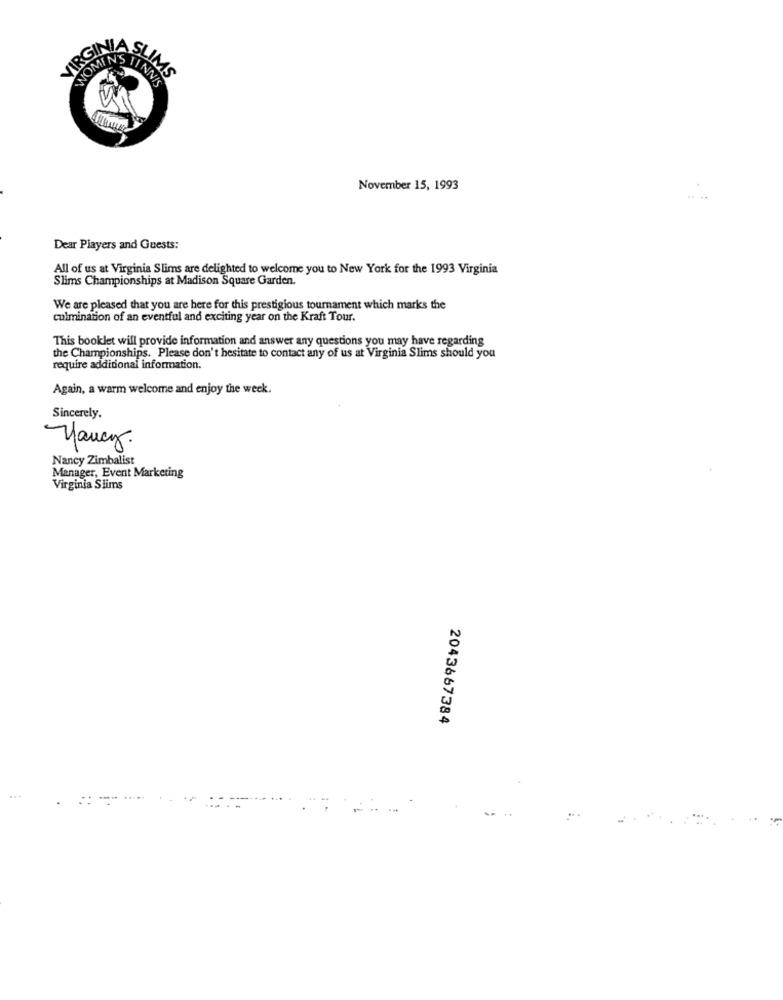
W IWON
SLIMS
November 15, 1993
Dear Players and Guests:
All of us at Virginia Slims are delighted to welcome you to New York for the 1993 Virginia
Slims Championships at Madison Square Garden.
We are pleased that you are here for this prestigious tournament which marks the
culmination of an eventful and exciting year on the Kraft Tour.
This booklet will provide information and answer any questions you may have regarding
the Championships. Please don't hesitate to contact any of us at Virginia Slims should you
require additional information.
Again, a warm welcome and enjoy the week.
Sincerely.
Nancy.
Nancy Zimbalist
Manager, Event Marketing
Virginia Slims
2043667384